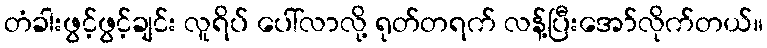
တံခါးဖွင့်ဖွင့်ချင်း လူရိပ် ပေါ်လာလို့ ရုတ်တရက် လန့်ပြီးအော်လိုက်တယ်။